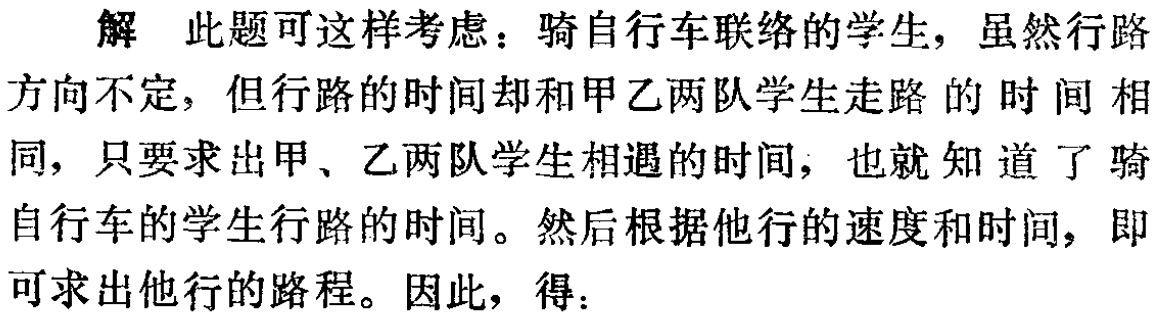
解 此题可这样考虑：骑自行车联络的学生，虽然行路

方向不定，但行路的时间却和甲乙两队学生走路的时间相

同，只要求出甲、乙两队学生相遇的时间，也就知道了骑

自行车的学生行路的时间。然后根据他行的速度和时间，即

可求出他行的路程。因此，得：